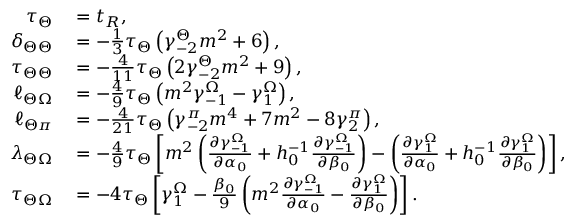
\begin{array} { r l } { \tau _ { \Theta } } & { { } = t _ { R } , } \\ { \delta _ { \Theta \Theta } } & { { } = - \frac { 1 } { 3 } \tau _ { \Theta } \left( \gamma _ { - 2 } ^ { \Theta } m ^ { 2 } + 6 \right) , } \\ { \tau _ { \Theta \Theta } } & { { } = - \frac { 4 } { 1 1 } \tau _ { \Theta } \left( 2 \gamma _ { - 2 } ^ { \Theta } m ^ { 2 } + 9 \right) , } \\ { \ell _ { \Theta \Omega } } & { { } = - \frac { 4 } { 9 } \tau _ { \Theta } \left( m ^ { 2 } \gamma _ { - 1 } ^ { \Omega } - \gamma _ { 1 } ^ { \Omega } \right) , } \\ { \ell _ { \Theta \pi } } & { { } = - \frac { 4 } { 2 1 } \tau _ { \Theta } \left( \gamma _ { - 2 } ^ { \pi } m ^ { 4 } + 7 m ^ { 2 } - 8 \gamma _ { 2 } ^ { \pi } \right) , } \\ { \lambda _ { \Theta \Omega } } & { { } = - \frac { 4 } { 9 } \tau _ { \Theta } \left[ m ^ { 2 } \left( \frac { \partial \gamma _ { - 1 } ^ { \Omega } } { \partial \alpha _ { 0 } } + h _ { 0 } ^ { - 1 } \frac { \partial \gamma _ { - 1 } ^ { \Omega } } { \partial \beta _ { 0 } } \right) - \left( \frac { \partial \gamma _ { 1 } ^ { \Omega } } { \partial \alpha _ { 0 } } + h _ { 0 } ^ { - 1 } \frac { \partial \gamma _ { 1 } ^ { \Omega } } { \partial \beta _ { 0 } } \right) \right] , } \\ { \tau _ { \Theta \Omega } } & { { } = - 4 \tau _ { \Theta } \left[ \gamma _ { 1 } ^ { \Omega } - \frac { \beta _ { 0 } } { 9 } \left( m ^ { 2 } \frac { \partial \gamma _ { - 1 } ^ { \Omega } } { \partial \alpha _ { 0 } } - \frac { \partial \gamma _ { 1 } ^ { \Omega } } { \partial \beta _ { 0 } } \right) \right] . } \end{array}